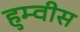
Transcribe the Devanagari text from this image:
हुम्वीस